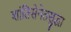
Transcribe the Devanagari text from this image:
शांतिसेनेतसुद्धा